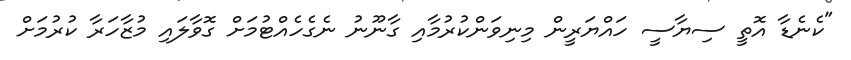
"ކެނެޑާ އޮތީ ސިޔާސީ ހައްޔަރީން މިނިވަންކުރުމާއި ގާނޫނު ނެގެހެއްޓުމަށް ގޮވާލައި މުޒާހަރާ ކުރުމަށް